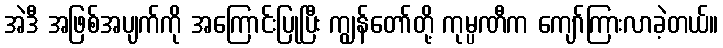
အဲဒီ အဖြစ်အပျက်ကို အကြောင်းပြုပြီး ကျွန်တော်တို့ ကုမ္ပဏီက ကျော်ကြားလာခဲ့တယ်။